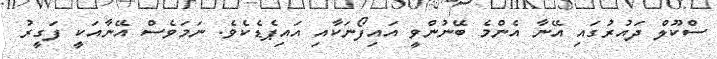
ސްކޫލް ދައުރުގައި އޭނާ އެންމެ ބޭނުންވީ އައިފޯނަކާއި އައިޕެޑެކެވެ. ނަމަވެސް އޭނާއަކީ ފަގީރު